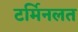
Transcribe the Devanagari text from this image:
टर्मिनलत